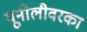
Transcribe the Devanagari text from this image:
यूनीलीवरका